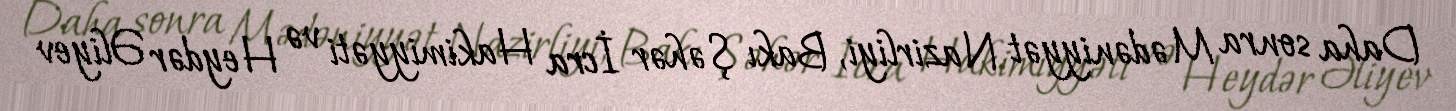
Daha sonra Mədəniyyət Nazirliyi, Bakı Şəhər İcra Hakimiyyəti və Heydər Əliyev